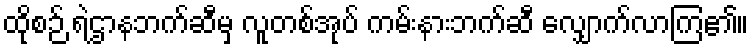
ထိုစဉ် ရဲဌာနဘက်ဆီမှ လူတစ်အုပ် ကမ်းနားဘက်ဆီ လျှောက်လာကြ၏။